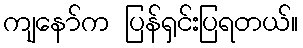
ကျနော်က ပြန်ရှင်းပြရတယ်။